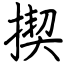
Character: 揳